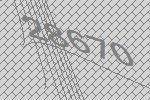
28670